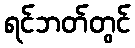
ရင်ဘတ်တွင်